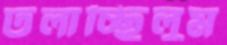
ঢলাচ্ছিলুম